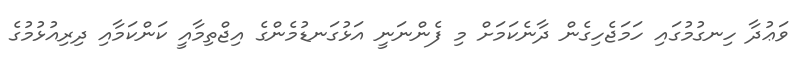
ވަޢުދާ ހިނގުމުގައި ހަމަޖެހިގެން ދާނެކަމަށް މި ފެންނަނީ އަޅުގަނޑުމެންގެ އިޖްތިމާއީ ކަންކަމާއި ދިރިއުޅުމުގެ